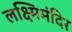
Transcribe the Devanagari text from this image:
लक्ष्मिमंदिर